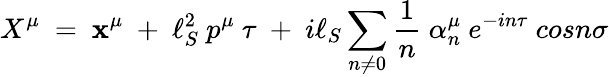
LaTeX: X^{\mu}~=~\mathbf{x}^{\mu}~+~\ell_{S}^{2}~p^{\mu}~\tau~+~i\ell_{S}\sum_{n\ne0}\frac{{1}}{{n}}~\alpha_{n}^{\mu}~e^{-in\tau}~cosn\sigma